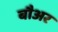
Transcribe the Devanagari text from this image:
बौअर